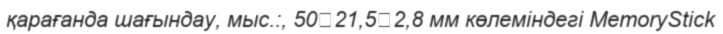
қарағанда шағындау, мыс.:, 5021,52,8 мм көлеміндегі MemoryStіck